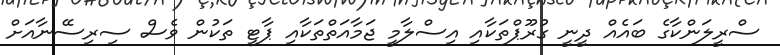
ސްރީލަންކާގެ ބައެއް ދީނީ ގުރޫޕްތަކާއި އިސްލާމީ ޖަމާއަތްތަކާއި ޕާޓީ ތަކުން ވެސް ސިރިސޭނާއަށް